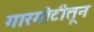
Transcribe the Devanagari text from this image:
गारगोटीतून